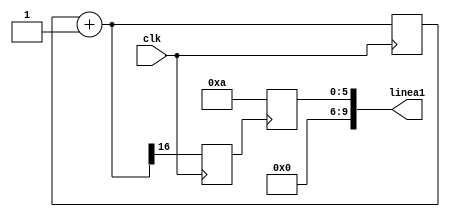
`timescale 1ns / 1ps
//////////////////////////////////////////////////////////////////////////////////
// Company: 
// Engineer: 
// 
// Design Name: 
// Module Name:    linea1 
// Project Name: 
// Target Devices: 
// Tool versions: 
// Description: 
//
// Dependencies: 
//
// Revision: 
// Revision 0.01 - File Created
// Additional Comments: 
//
//////////////////////////////////////////////////////////////////////////////////
module Linea1(clk, linea1);

	input clk;
	output reg [9:0] linea1=60;
	
	reg clk3;
	reg [16:0] temp1=0;
	always @(posedge clk) begin
		temp1=temp1+1;
		clk3=temp1[16];
	end
	
	always@(posedge clk3) linea1=10;


endmodule